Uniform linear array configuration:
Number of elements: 16
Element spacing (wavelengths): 0.25
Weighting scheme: cosine
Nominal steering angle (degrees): -45
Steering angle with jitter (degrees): -43.528
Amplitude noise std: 0.05
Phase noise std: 0.05

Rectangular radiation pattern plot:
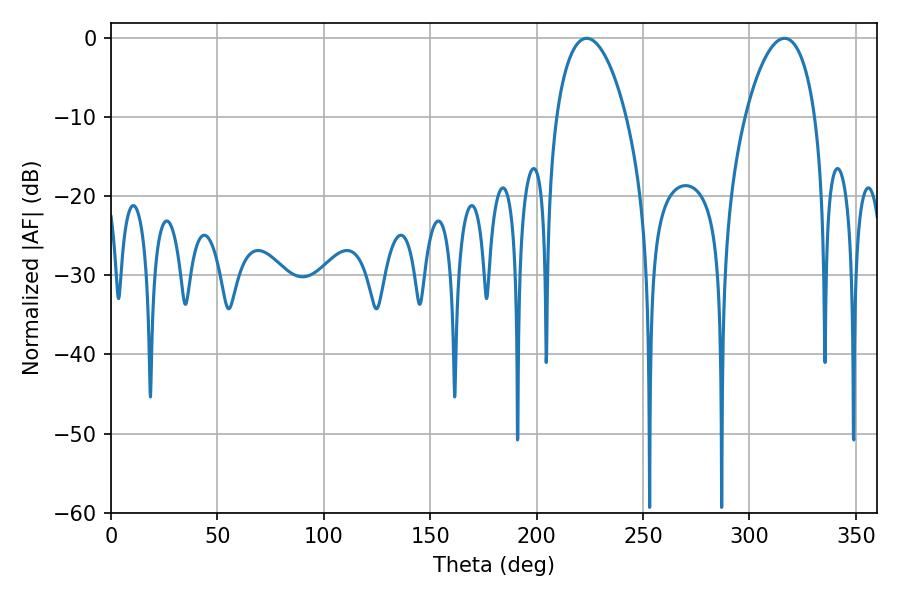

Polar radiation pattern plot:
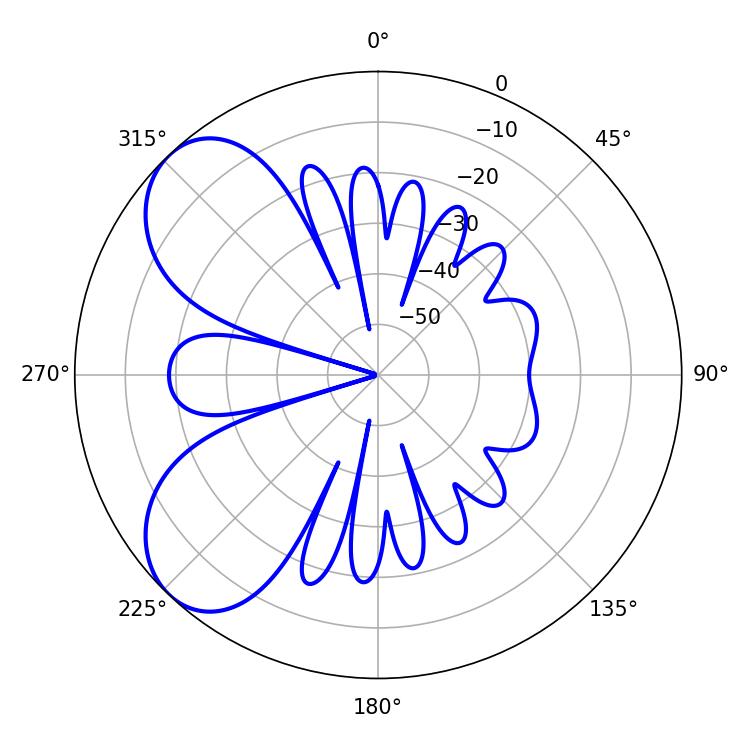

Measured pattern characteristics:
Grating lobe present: FALSE
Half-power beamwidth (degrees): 18.54
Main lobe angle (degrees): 223.56